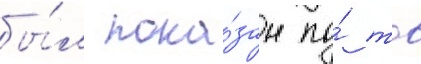
бы́л пока́зан по́ тв